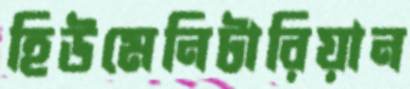
হিউমেনিটারিয়ান